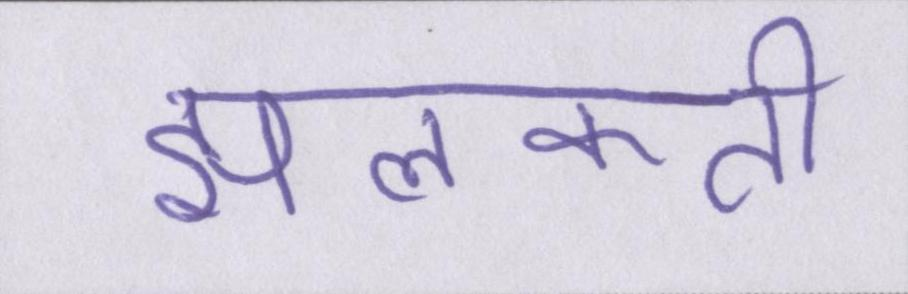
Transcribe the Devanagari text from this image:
झलकती